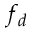
f _ { d }